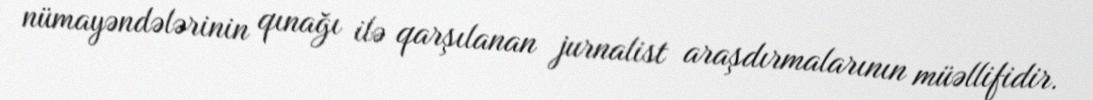
nümayəndələrinin qınağı ilə qarşılanan jurnalist araşdırmalarının müəllifidir.